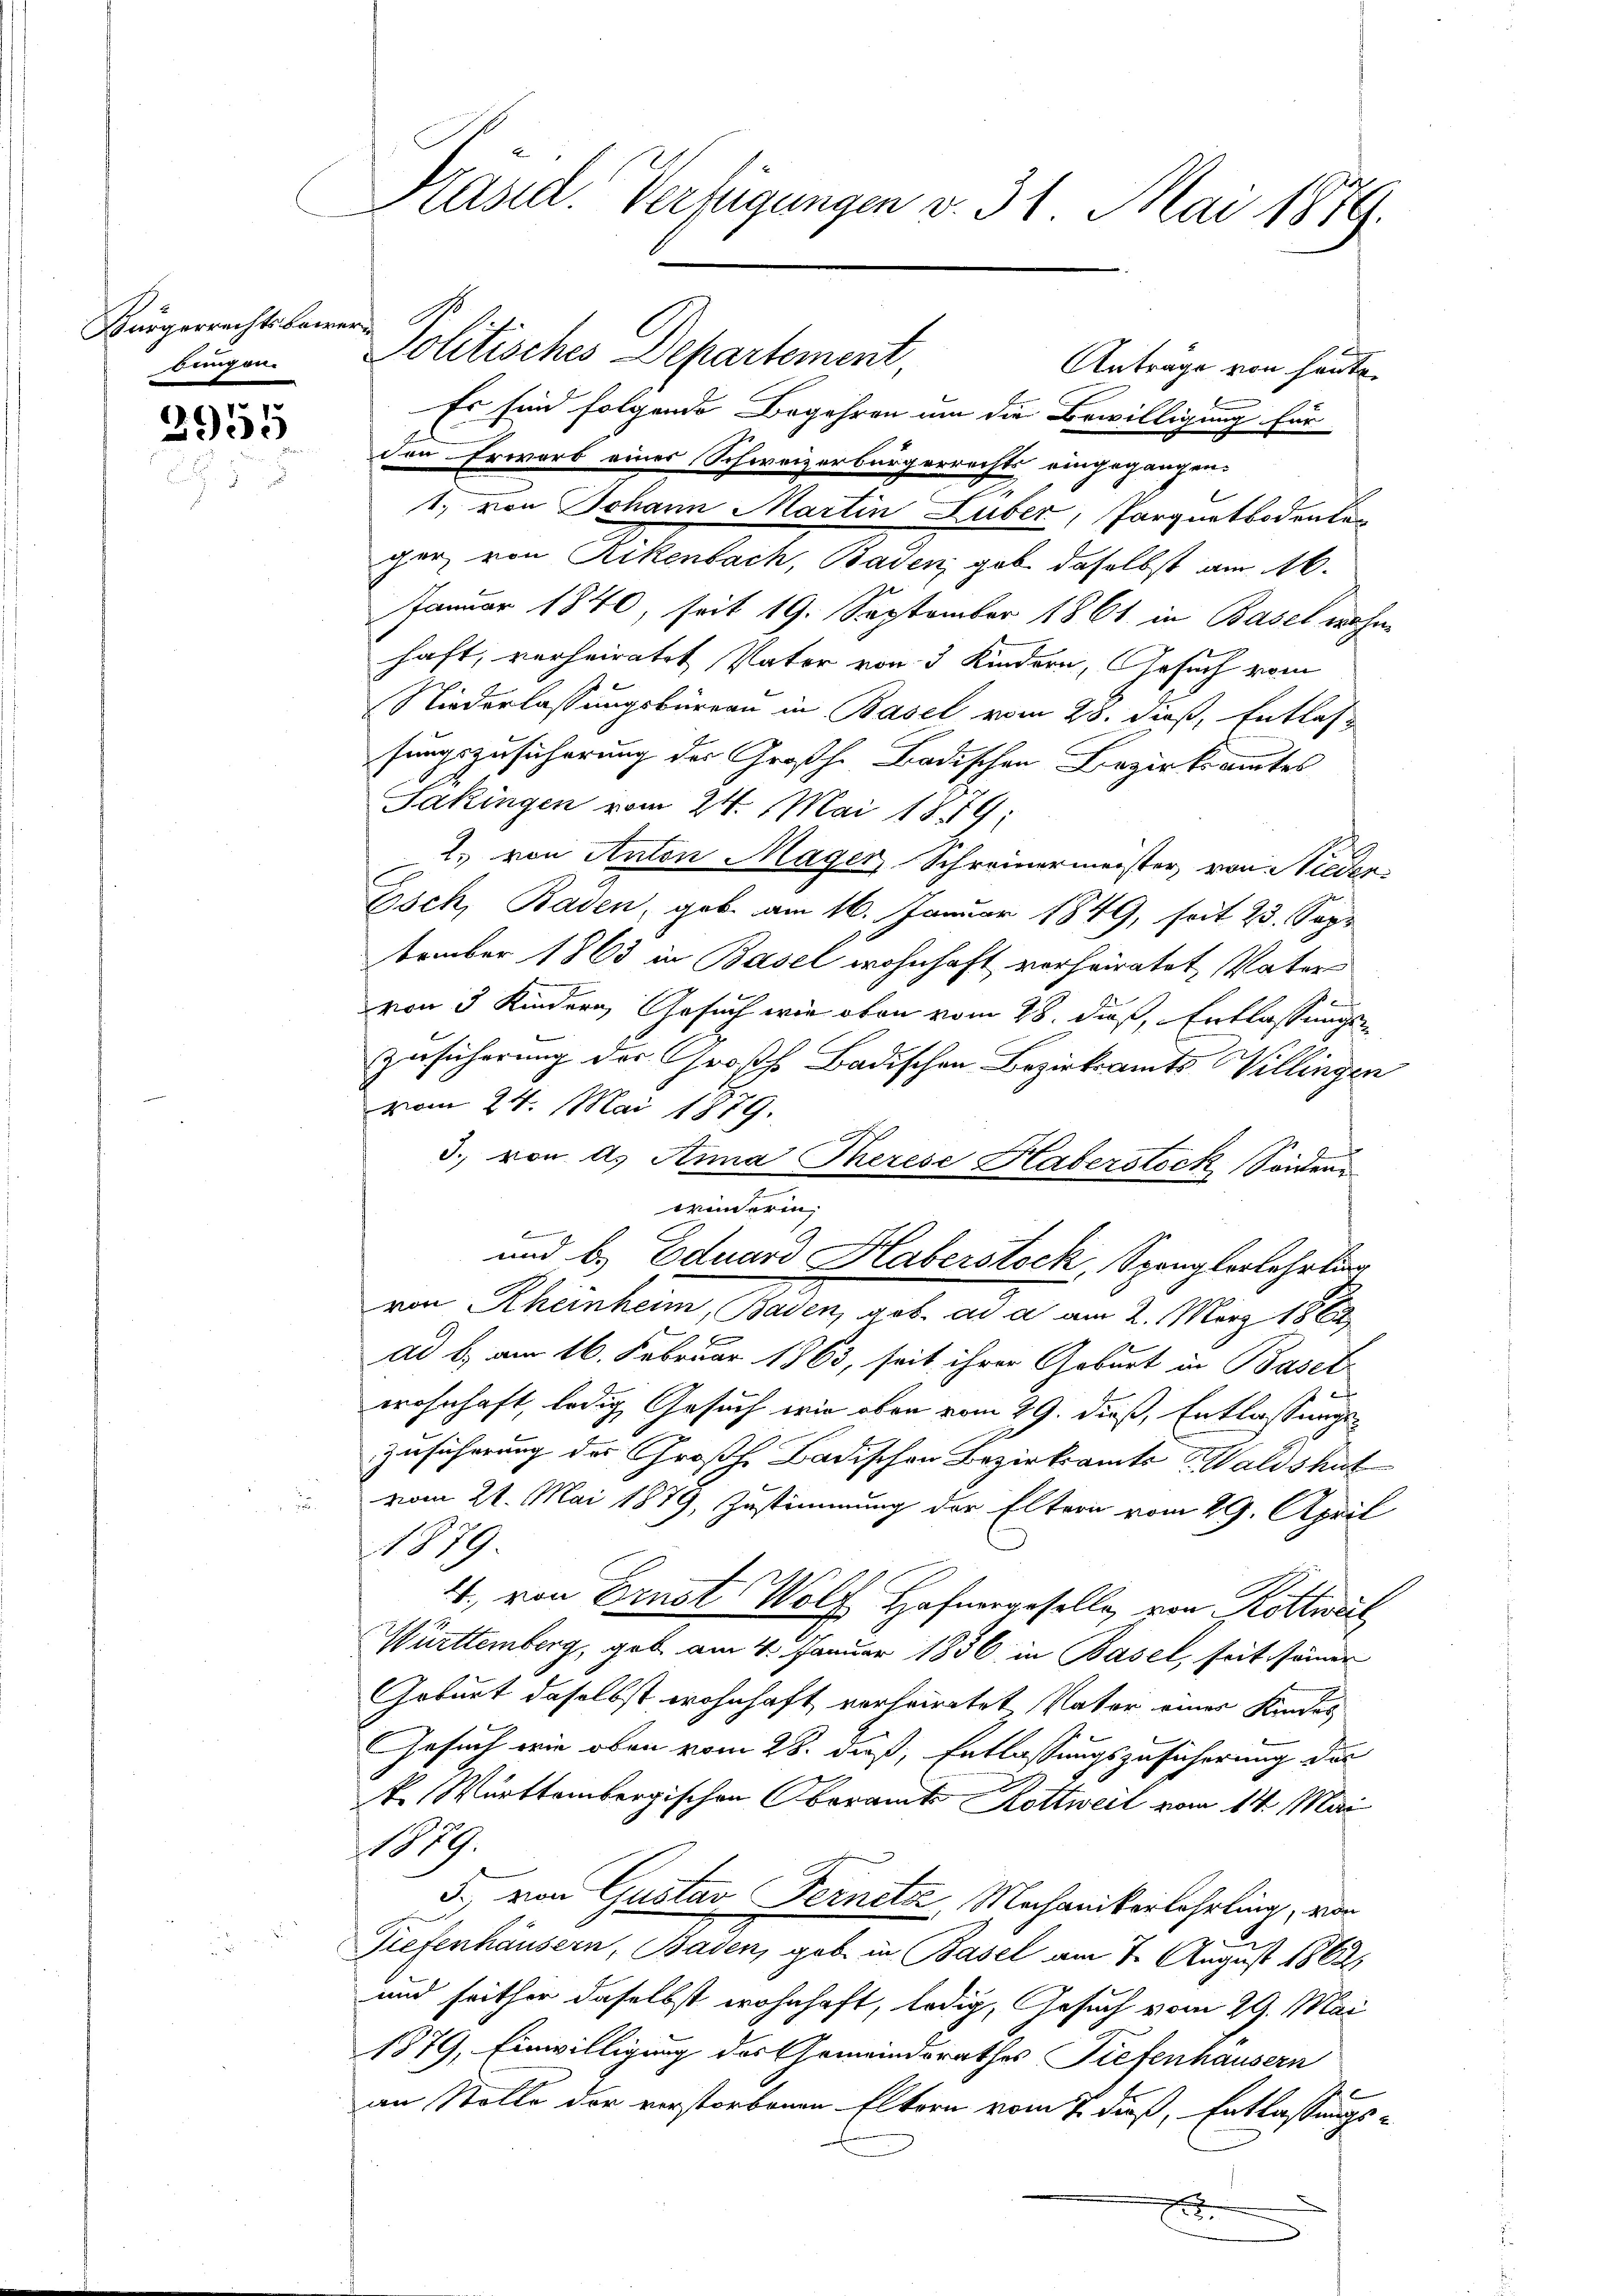
Bürgerrechtsbewerbringen.

2955

Pasid. Verfügungen v. 31. Mai 1879.

Politisches Departement

Es sind folgende Begehren um die Bewilligung für
den Erwarb einer Schweizerbürgerrechts eingegangen.
z
1. von Johann Martin Luber, Parquetbodenten
ghe, von Rittenbach, Baden, geb. daselbst am 16.
Januar 1840, seit 19. September 1861 in Basel wohn-
haft, verheiratet Vater von 3 Kindern, Gesuch vom
Niederlassungsbüreau in Basel vom 28. daß, Entlas
sungszusicherung des Großh. Badischen Bezirksamtes
Sakingen vom 24. Mai 1859;
2. von Anton Mager, Schreinermeister, von Nieder
Esch, Baden, geb. am 16. Januar 1849, seit 23. Sept
tember 1863 in Basel wohnhaft verheiratet, Vater
von 3 Kindern, Gesuch wie oben vom 28. dieß, Entlassungs
Zusicherung der Großh. Badischen Bezirksamts Willingen
vom 24. Mai 1879.
3. von d. Anna Therese Haberstock, Sonden
winderin
B
2
von Scheinheim, Baden, geb. ad a am 2. März 1862
ad b. am 16. Februar 1863, seit ihrer Geburt in Basel
wohnhaft, ledig Gesuch wie oben vom 29. dieß, Entlassungs¬
Zusicherung des Großh. Badischen Bezirksamts Waldshut
vom 21. Mai 1879, Zustimmung der Eltern vom 29. April
1879
4. von Ernst Wolf Hafnergeselle, von Rottweil
Württemberg, geb. am 4. Januar 1836 in Basel, seit seiner
Geburt daselbst wohnhaft verheiratet Vater einer Kindes
Gesuch wie oben vom 28. dieß, Entlassungszusicherung des
k. Württembergischen Oberamt Kottweil vom 14. Mai
.
5., von Gustav Fernetz, Mechanikerlehrling, vor
7
2
Tiefenhäusern, Baden, geb. in Basel am 2. August 1862,
und seither daselbst wohnhaft, ledig, Gesuch vom 29. Mai
1879, Einwilligung des Gemeindsrathes Tiefenhausern
an Stolle der verstorbenen Eltern vom 7. dieß, Entlassungs-
E

und b. Eduard Haberstock, Spenglerlehrling

Anträge von heute.